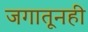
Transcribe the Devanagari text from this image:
जगातूनही